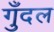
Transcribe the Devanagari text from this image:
गुँदल